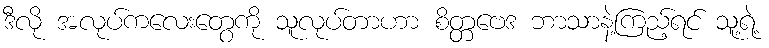
ဒီလို အလုပ်ကလေးတွေကို သူလုပ်တာဟာ စိတ္တဗေဒ ဘာသာနဲ့ကြည့်ရင် သူ့ရဲ့